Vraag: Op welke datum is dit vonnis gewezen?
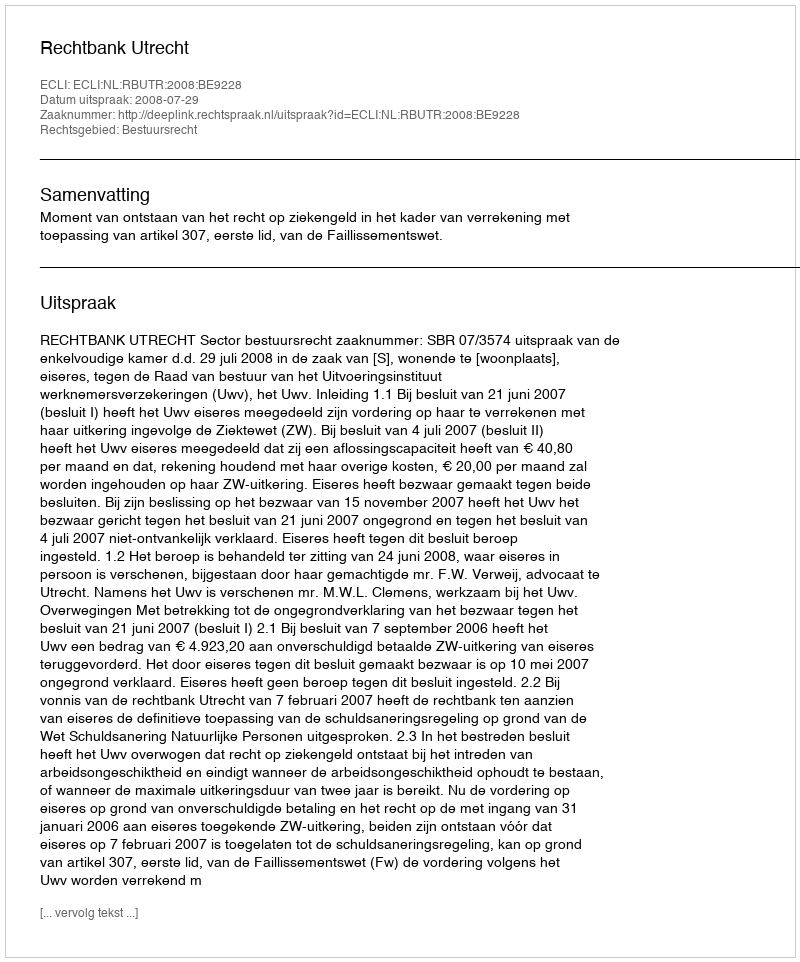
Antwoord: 2008-07-29